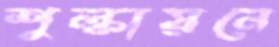
শুল্কায়নে